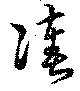
湊